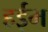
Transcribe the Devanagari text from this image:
हईम